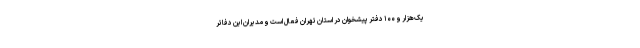
یک‌هزار و ۱۰۰ دفتر پیشخوان در استان تهران فعال است و مدیران این دفاتر